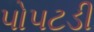
પોપટડી